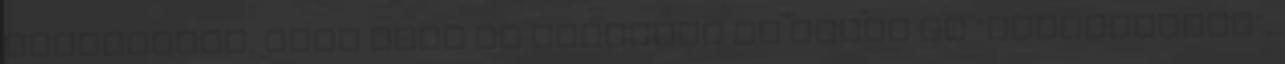
Studebaker, több Opel és Mercedes és mások is "megjelentek",